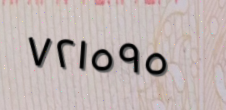
٧٢١٥٩٥